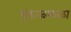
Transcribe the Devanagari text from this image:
गुंडाळफळा